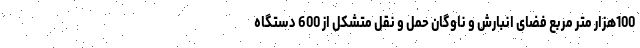
100هزار متر مربع فضای انبارش و ناوگان حمل و نقل متشکل از 600 دستگاه